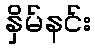
နှိမ်နင်း